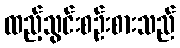
ထည့်သွင်းစဉ်းစားသည်